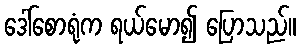
ဒေါ်စောရုံက ရယ်မော၍ ပြောသည်။